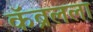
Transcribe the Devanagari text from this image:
कॅब्रलला